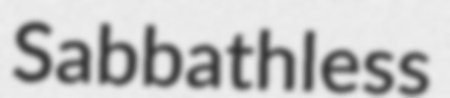
Sabbathless